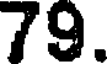
79.